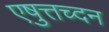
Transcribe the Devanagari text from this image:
एषुत्तच्दन